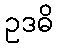
ဥဒဓိ